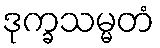
ဒုက္ခသမ္မတံ